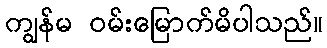
ကျွန်မ ဝမ်းမြောက်မိပါသည်။